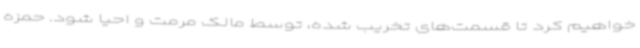
خواهیم کرد تا قسمت‌های تخریب شده، توسط مالک مرمت و احیا شود. حمزه